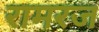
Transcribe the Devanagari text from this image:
रामरज